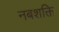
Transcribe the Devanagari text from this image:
नबशक्ति